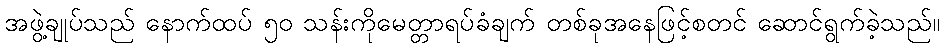
အဖွဲ့ချုပ်သည် နောက်ထပ် ၅၀ သန်းကိုမေတ္တာရပ်ခံချက် တစ်ခုအနေဖြင့်စတင် ဆောင်ရွက်ခဲ့သည်။